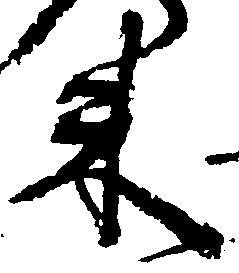
米